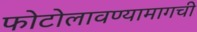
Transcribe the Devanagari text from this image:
फोटोलावण्यामागची